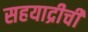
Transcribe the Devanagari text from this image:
सहयाद्रीची